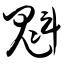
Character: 魁